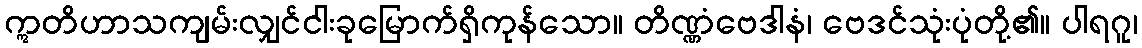
ဣတိဟာသကျမ်းလျှင်ငါးခုမြောက်ရှိကုန်သော။ တိဏ္ဏံဗေဒါနံ၊ ဗေဒင်သုံးပုံတို့၏။ ပါရဂူ၊